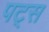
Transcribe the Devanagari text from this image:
पट्स